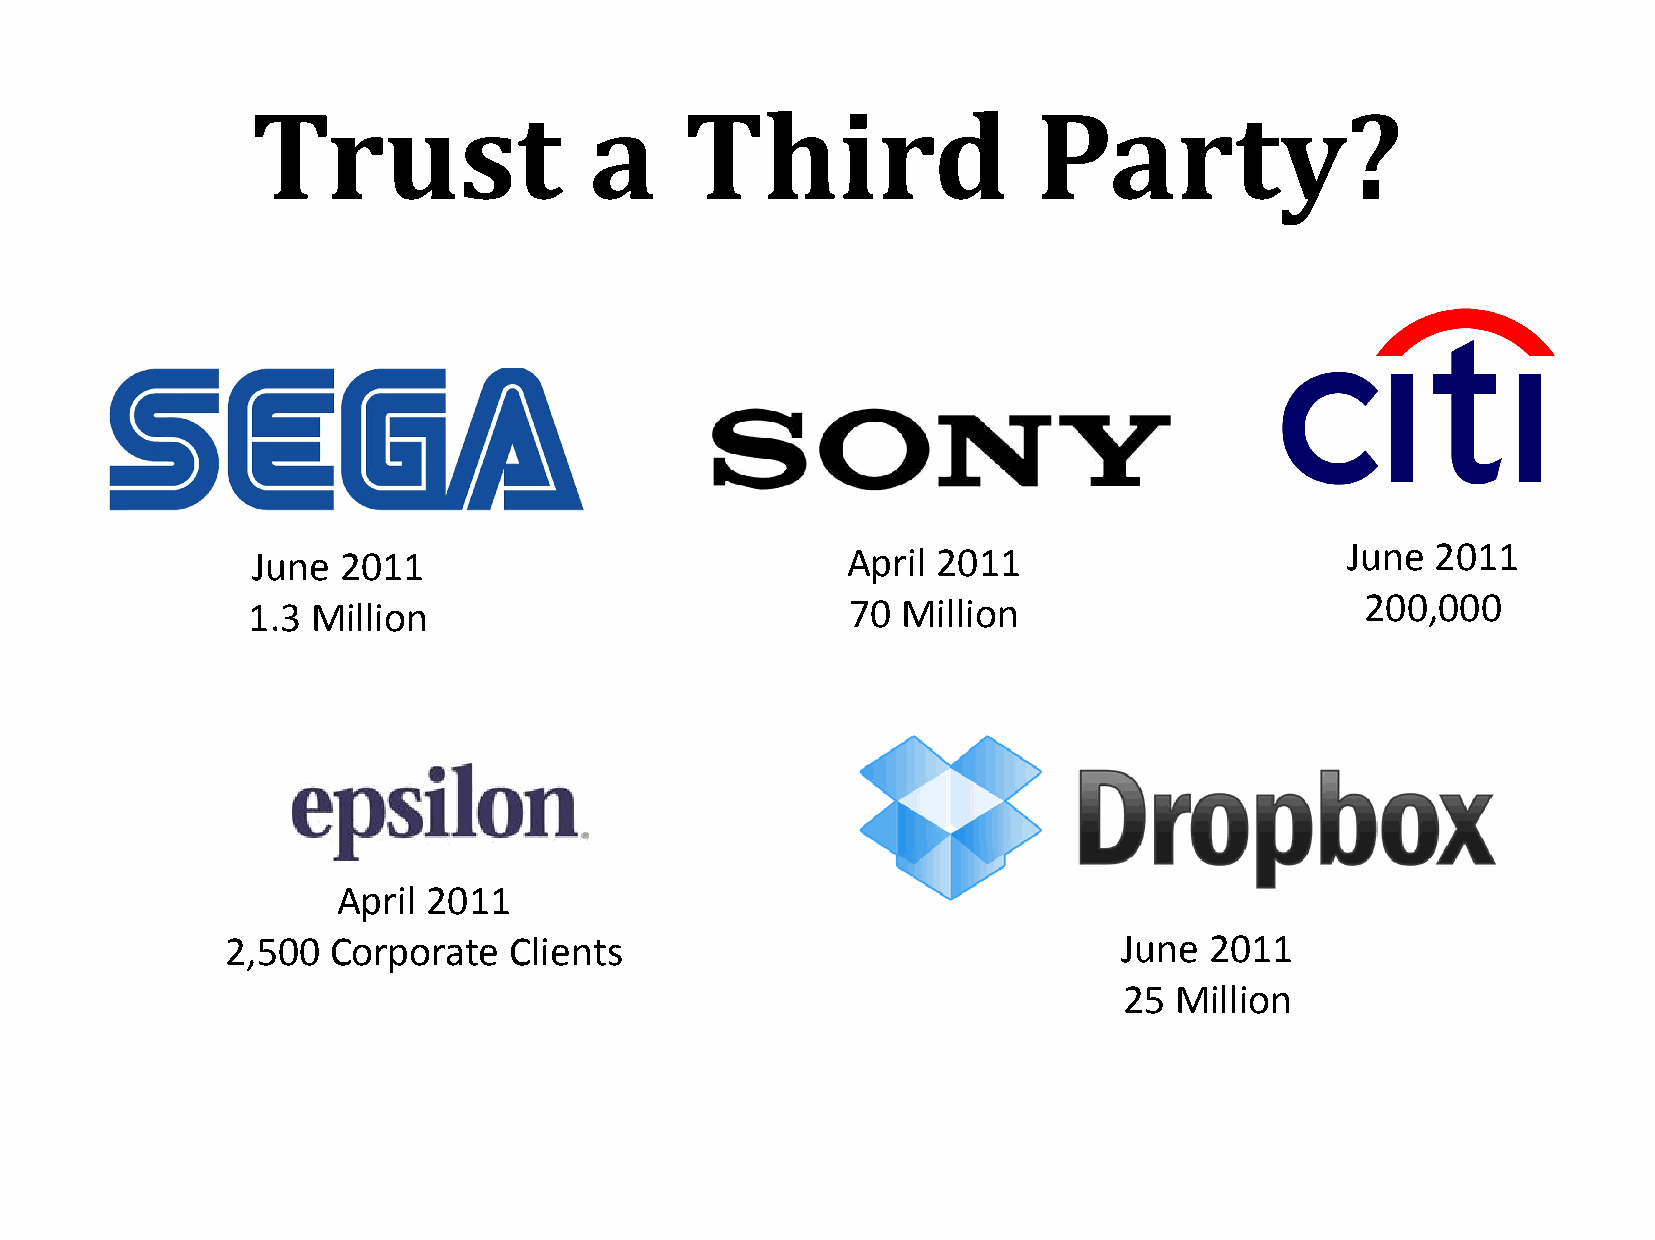
Trust                 a     Third                   Party?
 June 2011                              April 2011                       June  2011
 1.3  Million                            70  Million                       200,000
 April 2011
 2,500  Corporate   Clients                                 June  2011
 25  Million